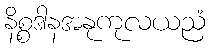
နိစ္စဒါနအနုကုလယညံ